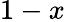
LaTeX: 1-x